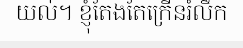
យល់។ ខ្ញុំតែងតែក្រើនរំលឹក